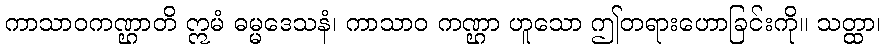
ကာသာဝကဏ္ဌာတိ ဣမံ ဓမ္မဒေသနံ၊ ကာသာဝ ကဏ္ဌာ ဟူသော ဤတရားဟောခြင်းကို။ သတ္ထာ၊